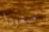
صعودا